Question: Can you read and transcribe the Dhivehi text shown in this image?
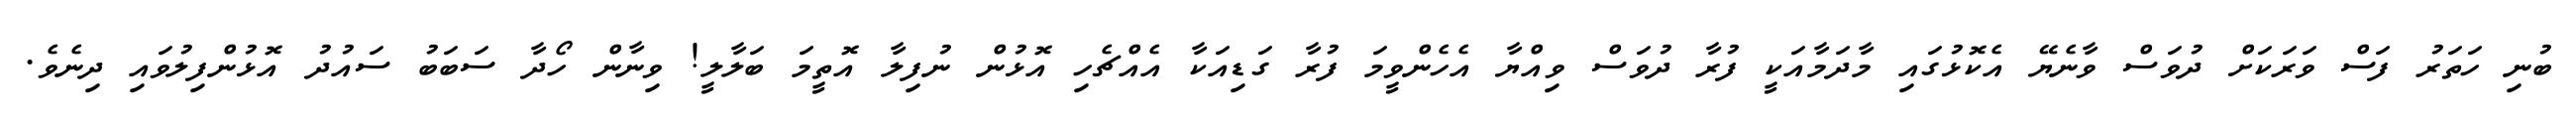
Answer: ބުނި ހަތަރު ފަސް ވަރަކަށް ދުވަސް ވާނެޔޭ އެކޮޅުގައި މާދަމާއަކީ ފުރާ ދުވަސް ވިއްޔާ އެހެންވީމަ ފުރާ ގަޑިއަކާ އެއްޗެހި އޮޅުން ނުފިލާ އޮތީމަ ބަލާލީ! ވިނާން ހޯދާ ސަބަބު ސައުދު އޮޅުންފިލުވައި ދިނެވެ.